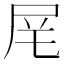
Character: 𪨌